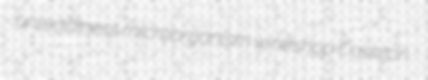
unreadiness microorganism wineshop Cashton